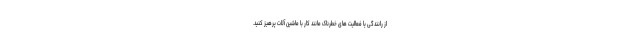
از رانندگی یا فعالیت های خطرناک مانند کار با ماشین آلات پرهیز کنید.